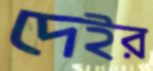
দেইর